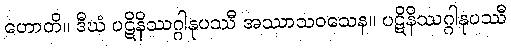
ဟောတိ။ ဒီဃံ ပဋိနိဿဂ္ဂါနုပဿီ အဿာသဝသေန။ ပဋိနိဿဂ္ဂါနုပဿီ